Vaccination in Bombay 1924-1928 - 1924-1928
Year: 1924
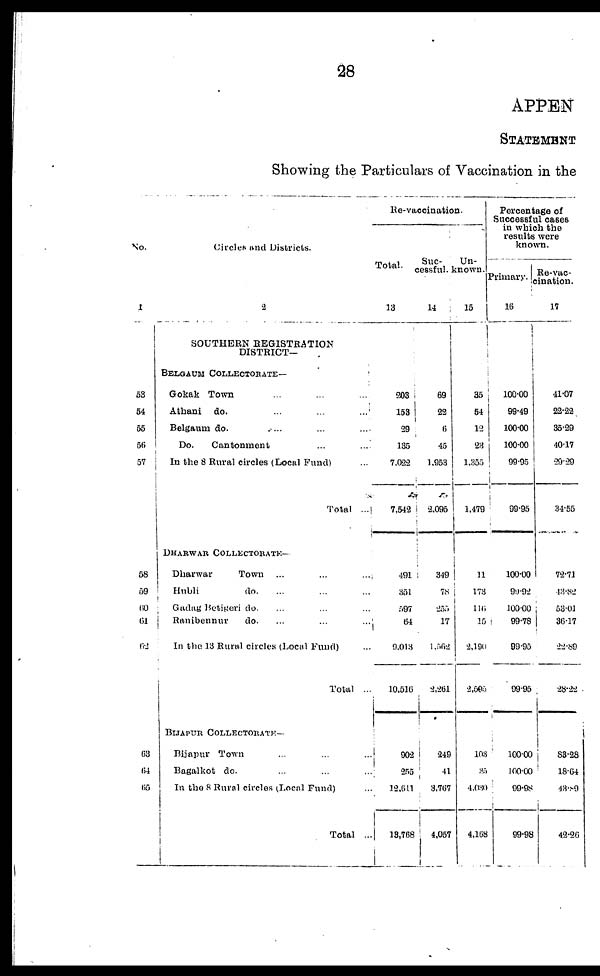
28
APPEN
STATEMENT
Showing the Particulars of Vaccination in the
No.
1
53
54
55
56
57
58
59
60
61
62
63
64
65
Circles and Districts.
2
SOUTHERN REGISTRATION
DISTRICT—
BELGAUM COLLECTORATE—
Gokak Town ... ... ...
Athani
do. ... ... ...
Belgaum do. ... ... ...
Do.
Cantonment ... ... ...
In the 8 Rural circles (Local Fund) ...
Total
...
DHARWAR COLLECTORATE—
Dharwar
Town ... ... ...
Hubli
do. ... ... ...
Gadag Betigeri do. ... ... ...
Ranibennur
do. ... ... ...
In the 13 Rural circles (Local Fund) ...
Total ...
BIJAPUR COLLECTORATE—
Bijapur Town ... ... ...
Bagalkot do. ... ... ...
In the 8 Rural circles (Local Fund) ...
Total ...
Re-vaccination.
Total.
13
203
153
29
135
7,022
7,542
491
351
597
64
9,013
10,516
902
255
12,611
13,768
Suc-
cessful.
14
69
22
6
45
1,953
2,095
349
78
255
17
1,562
2,261
249
41
3,767
4,057
Un-
known.
15
35
54
12
23
1,355
1,479
11
173
111
15
2,190
2,505
103
35
4,030
4,168
Percentage of
Successful cases
in which the
results were
known.
Primary.
16
100.00
99.49
100.00
100.00
99.95
99.95
100.00
99.92
100.00
99.78
99.95
99.95
100.00
100.00
99.98
99.98
Re-vac-
cination.
17
41.07
22.22
35.29
40.17
29.29
34.55
72.71
43.82
53.01
36.17
22.89
28.22
83.28
18.64
43.89
42.26